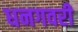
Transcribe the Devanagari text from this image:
धनगवरी